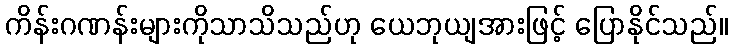
ကိန်းဂဏန်းများကိုသာသိသည်ဟု ယေဘုယျအားဖြင့် ပြောနိုင်သည်။